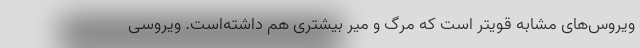
ویروس‌های مشابه قویتر است که مرگ و میر بیشتری هم داشته‌است. ویروسی